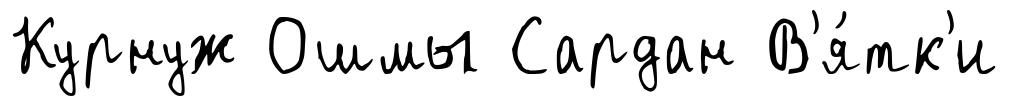
Курнуж Ошмы Сардан В'я́тк'и